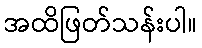
အထိဖြတ်သန်းပါ။